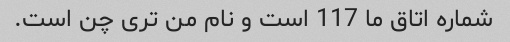
شماره اتاق ما 117 است و نام من تری چن است.